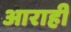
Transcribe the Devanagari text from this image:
आराही